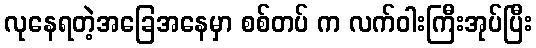
လုနေရတဲ့အခြေအနေမှာ စစ်တပ် က လက်ဝါးကြီးအုပ်ပြီး